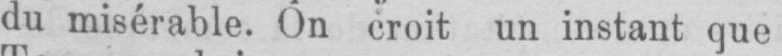
du misérable. On croit un instant que